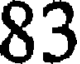
83